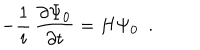
- { \frac { 1 } { i } } \, { \frac { \partial \Psi _ { 0 } } { \partial t } } = H \Psi _ { 0 } ~ ~ .